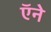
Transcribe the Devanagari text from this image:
ऍने